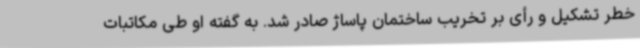
خطر تشکیل و رأی بر تخریب ساختمان پاساژ صادر شد. به گفته او طی مکاتبات